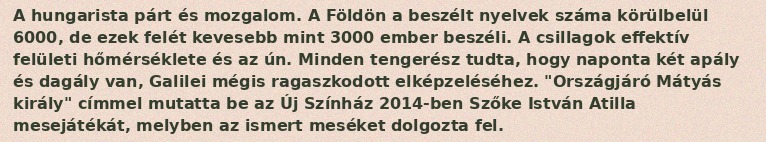
A hungarista párt és mozgalom. A Földön a beszélt nyelvek száma körülbelül 6000, de ezek felét kevesebb mint 3000 ember beszéli. A csillagok effektív felületi hőmérséklete és az ún. Minden tengerész tudta, hogy naponta két apály és dagály van, Galilei mégis ragaszkodott elképzeléséhez. "Országjáró Mátyás király" címmel mutatta be az Új Színház 2014-ben Szőke István Atilla mesejátékát, melyben az ismert meséket dolgozta fel.